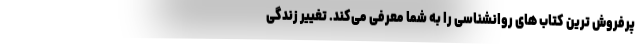
پرفروش ترین کتاب های روانشناسی را به شما معرفی می‌کند. تغییر زندگی